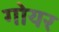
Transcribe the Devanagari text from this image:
गोयर